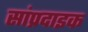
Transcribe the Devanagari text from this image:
सांप्रदाइक